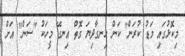
މިކޮޅުގައި މަޑު ކުރަން" ކަން ހިނގާދިޔަ ގޮތް އިނގޭ މީހަކު "ސަން" އަށް